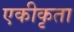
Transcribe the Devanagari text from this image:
एकीकृता